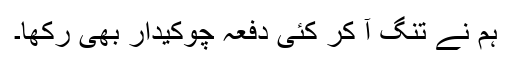
ہم نے تنگ آ کر کئی دفعہ چوکیدار بھی رکھا۔